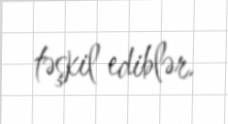
təşkil ediblər.